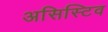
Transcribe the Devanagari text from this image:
असिस्टिव